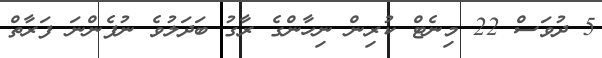
5 ދުވަސް 22 މިނެޓް ކުރިން ނިހާންގެ ރާގު ބަދަލުވެ ނުފެންނަ ފަރާތް